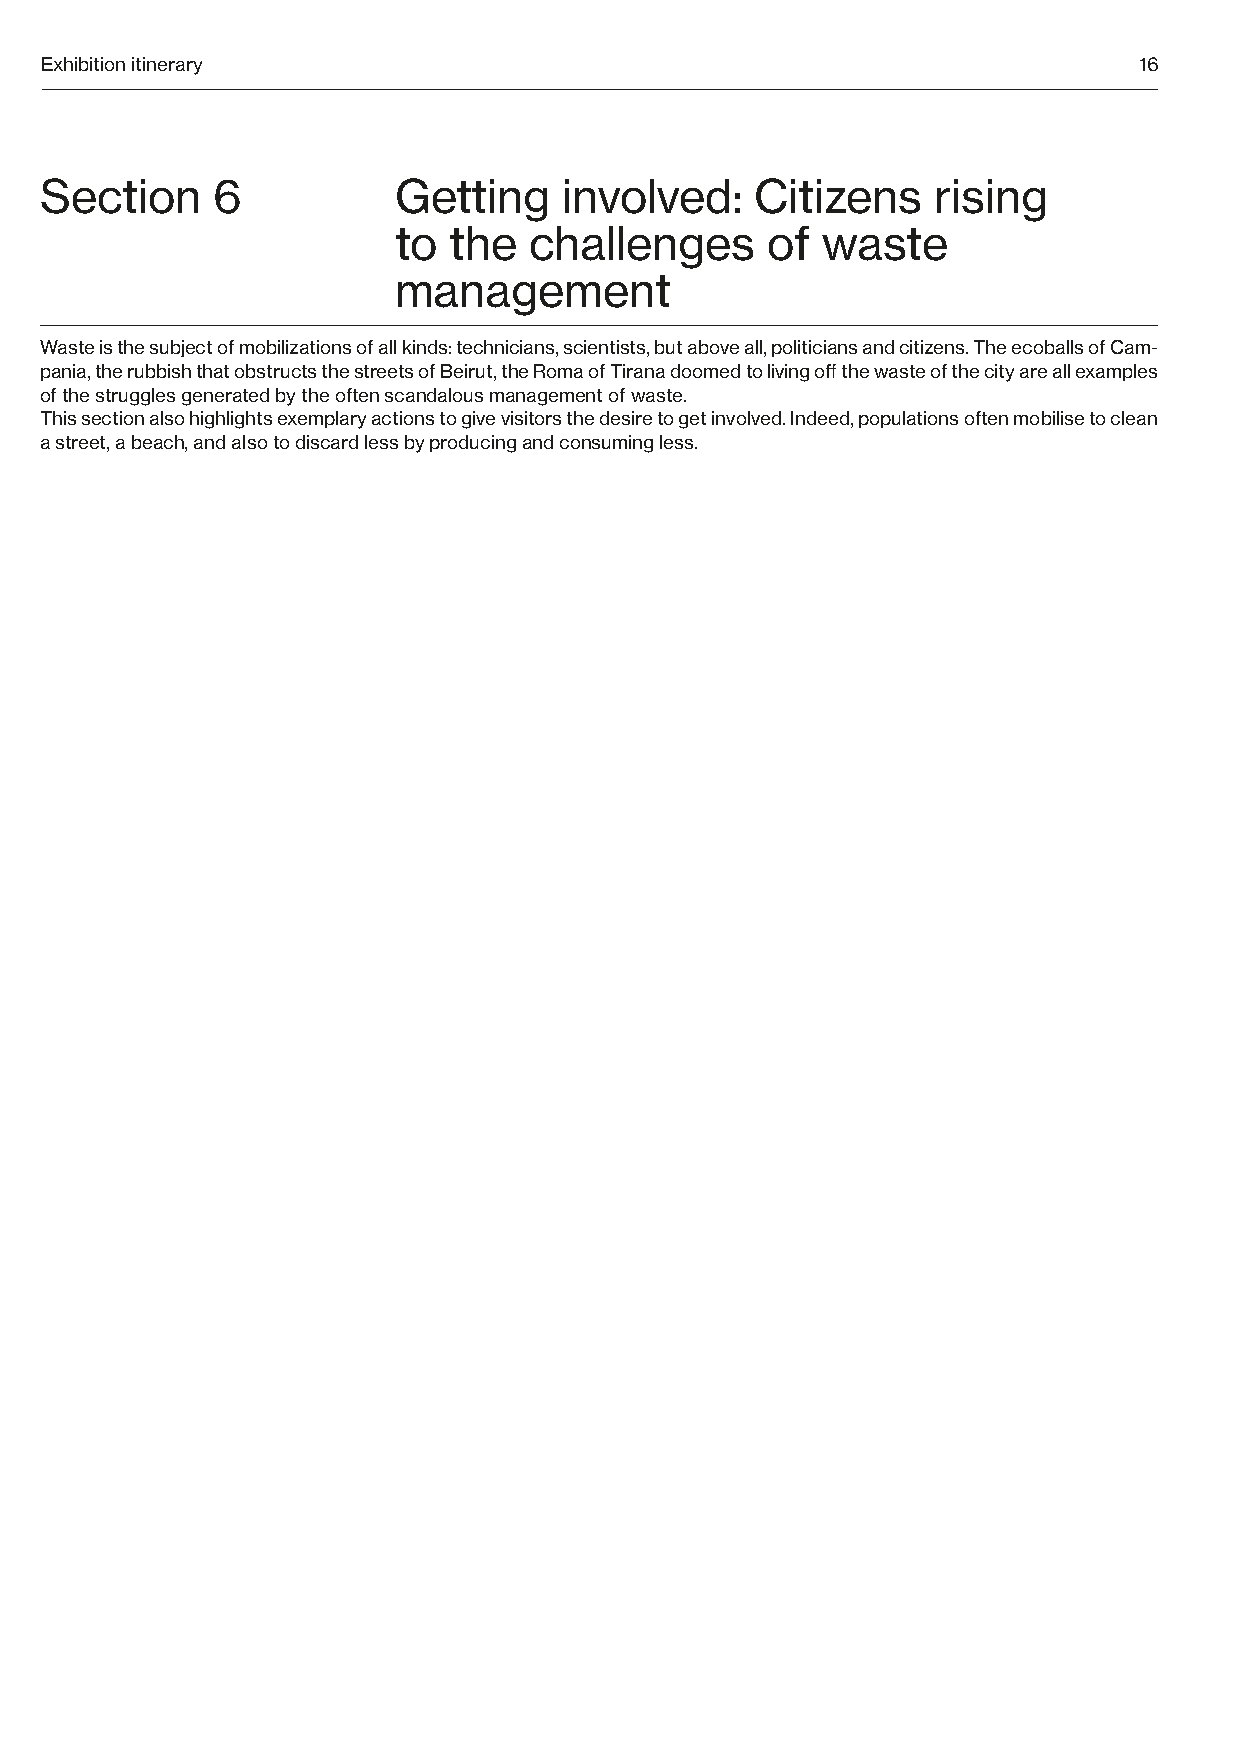
Exhibition itinerary                                                    16
 Section    6           Getting    involved:    Citizens    rising
 to  the  challenges      of waste
 management
 Waste is the subject of mobilizations of all kinds: technicians, scientists, but above all, politicians and citizens. The ecoballs of Cam-
 pania, the rubbish that obstructs the streets of Beirut, the Roma of Tirana doomed to living off the waste of the city are all examples
 of the struggles generated by the often scandalous management of waste.
 This section also highlights exemplary actions to give visitors the desire to get involved. Indeed, populations often mobilise to clean
 a street, a beach, and also to discard less by producing and consuming less.